Report on vaccination in Madras 1877-1894 - 1877-1894
Year: 1877
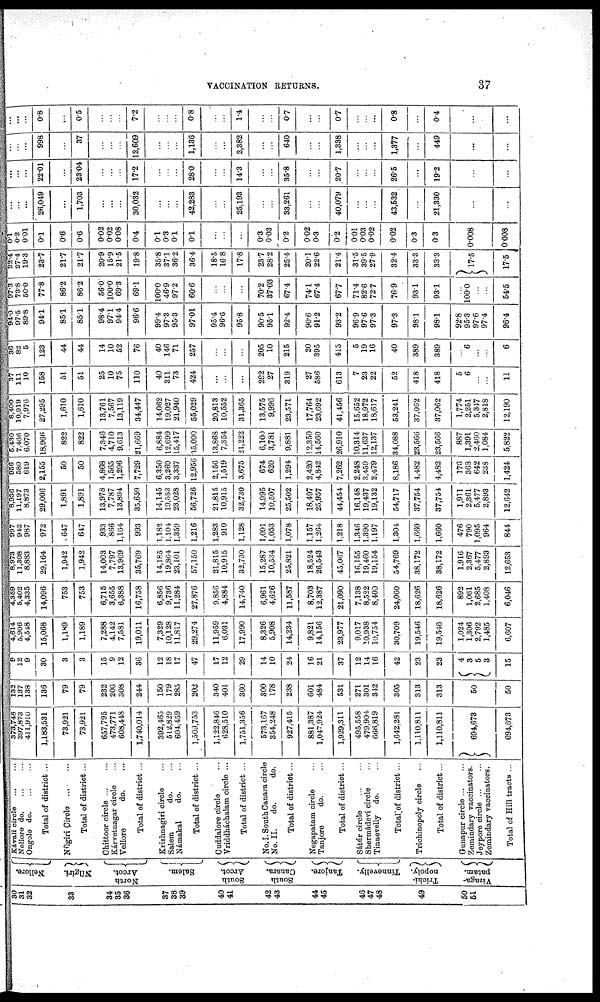
VACCINATION RETURNS.
37
30
31
32
33
34
35
36
37
38
39
40
41
42
43
44
45
46
47
48
49
50
51
Nellore.
Nílgiri.
North
Arcot.
Salem.
South
Arcot.
South
Canara.
Tanjore.
Tinnevelly.
Trichi¬
nopoly.
Vizaga¬
patam.
Kávali circle ... ...
Nellore do. ... ...
Ongole do. ... ...
Total of district ...
Nílgiri Circle
...
...
Total of district ...
Chittoor circle ...
...
Kárvetnagar circle ...
Vellore
do. ...
Total of district ...
Krishnagiri circle ...
Salem.
do. ...
Námakal
do. ...
Total of district ...
Cuddalore circle ... ...
Vriddháchalam circle ...
Total of district ...
No. I. South Canara circle
No. II.
do.
do.
Total of district ...
Negapatam circle ...
Tanjore
do. ...
Total of district ...
Sátúr circle
...
...
Shermádevi circle ...
Tinnevelly do. ...
Total of district ...
Trichinopoly circle ...
Total of district...
Gunapur circle ... ...
Zemindary vaccinators.
Jeypore circle ... ...
Zemindary vaccinators.
Total of Hill tracts ...
373,748
397,873
411,910
1,183,531
73,921
73,921
657,795
473,771
608,448
1,740,014
392,465
512,829
604,459
1,509,753
1,122,846
628,510
1,751,356
573,167
354,248
927,415
881,387
1,047,924
1,929,311
495,558
479,904
666,819
1,642,281
1,110,811
1,110,811
694,673
694,673
132
137
138
136
79
79
232
206
308
244
150
179
285
202
340
401
360
300
178
238
601
484
531
271
301
342
305
313
313
50
50
9
12
9
30
3
3
15
9
12
36
12
18
17
47
17
12
29
14
10
24
16
21
37
12
14
16
42
23
23
4
3
5
3
15
4,614
5,906
4,548
15,068
1,189
1,189
7,288
4,142
7,581
19,011
7,329
10,128
11,817
29,274
11,959
6,031
17,990
8,326
5,908
14,234
9,821
14,156
23,977
9,017
10,938
10,754
30,709
19,546
19,546
1,024
1,306
2,792
1,485
6,607
4,359
5,402
4,335
14,096
753
753
6,715
3,655
6,388
16,758
6,856
9,736
11,284
27,876
9,856
4,884
14,740
6,961
4,626
11,587
8,703
12,387
21,090
7,138
8,522
8,400
24,060
18,626
18,626
892
1,061
2,685
1,408
6,046
8,973
11,308
8,883
29,164
1,942
1,942
14,003
7,797
13,969
35,769
14,185
19,864
23,101
57,150
21,815
10,915
32,730
15,287
10,534
25,821
18,524
26,543
45,067
16,155
19,460
19,154
54,769
38,172
38,172
1,916
2,367
5,477
2,893
12,653
997
942
987
972
647
647
933
866
1,164
993
1,182
1,104
1,359
1,216
1,283
910
1,128
1,091
1,053
1,078
1,157
1,264
1,218
1,346
1,390
1,197
1,304
1,660
1,660
476
790
1,095
964
844
8,936
11,197
8,873
29,006
1,891
1,891
13,978
7,787
13,894
35,659
14,145
19,553
23,028
56,726
21,815
10,915
32,730
14,995
10,507
25,502
18,497
25,957
44,454
16,148
19,437
19,132
54,717
37,754
37,754
1,911
2,361
5,477
2,893
12,642
956
580
619
2,155
50
50
4,868
1,565
1,296
7,729
6,350
3,269
3,337
12,956
2,156
1,519
3,675
674
620
1,294
2,420
4,842
7,262
2,248
3,459
2,479
8,186
4,482
4,482
176
368
642
238
1,424
5,430
7,466
6,070
18,966
822
822
7,346
4,710
9,613
21,669
6,884
12,699
15,417
35,000
13,868
7,354
21,222
6,100
3,781
9,881
12,350
14,560
26,910
10,314
11,637
12,137
34,088
23,566
23,566
887
1,391
2,460
1,084
5,822
8,400
10,919
7,976
27,295
1,610
1,610
13,761
7,567
13,119
34,447
14,062
19,027
21,940
55,029
20,813
10,552
31,365
13,575
9,996
23,571
17,764
23,692
41,456
15,652
18,972
18,617
53,241
37,062
37,062
1,774
2,251
5,347
2,818
12,190
37
111
10
158
51
51
25
10
75
110
40
311
73
424
...
...
...
292
27
319
27
586
613
7
23
22
52
418
418
5
6
...
...
11
36
82
5
123
44
44
14
10
52
76
40
146
71
257
...
...
...
205
10
215
20
395
415
5
19
16
40
389
389
...
6
...
...
6
94.0
97.5
89.8
94.1
85.1
851
98.4
97.1
94.4
96.6
99.4
97.3
95.3
97.01
95.4
96.6
95.8
90.5
95.1
92.4
90.6
91.2
93.2
96.9
97.6
97.3
97.3
98.1
98.1
92.8
95.3
97.6
97.4
96.4
97.3
73.8
50.0
77.8
86.2
86.2
56.0
100.0
69.3
69.1
100.0
46.9
97.2
60.6
...
...
...
70.2
37.03
67.4
74.1
67.4
67.7
71.4
82.6
72.7
76.9
93.1
93.1
...
100.0
...
...
54.5
22.4
27.4
19.3
23.7
21.7
21.7
20.9
15.9
21.5
19.8
35.8
37.1
36.2
36.4
18.5
16.8
17.8
23.7
28.2
25.4
20.1
22.6
21.4
31.5
39.5
27.9
32.4
33.3
33.3
17.5
17.5
0.1
0.2
0.01
0.1
0.6
0.6
0.02
0.02
0.08
0.4
0.1
0.3
0.1
0.1
...
...
...
0.3
0.03
0.2
0.02
0.3
0.2
0.01
0.03
0.02
0.02
0.3
0.3
0.008
0.008
...
...
...
26,049
...
1,703
...
...
...
30,032
...
...
...
42,283
...
...
25,193
...
...
33,261
...
...
40,079
...
...
...
43,532
...
21,330
...
...
...
...
...
22.01
...
23.04
...
...
...
17.2
...
...
...
28.0
...
...
14.3
...
...
35.8
...
...
20.7
...
...
...
26.5
...
192
...
...
...
...
...
998
...
37
...
...
...
12,609
...
...
...
1,136
...
...
2,382
...
...
640
...
...
1,388
...
...
...
1,377
...
449
...
...
...
...
...
0.8
...
0.5
...
...
...
7.2
...
...
...
0.8
...
...
1.4
...
...
0.7
...
...
0.7
...
...
...
0.8
...
0.4
...
...